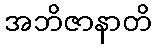
အဘိဇာနာတိ